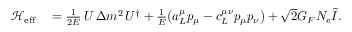
\begin{array} { r l } { \mathcal { H } _ { \mathrm { e f f } } } & { { } = \frac { 1 } { 2 E } \, U \, \Delta m ^ { 2 } \, U ^ { \dagger } + \frac { 1 } { E } \big ( a _ { L } ^ { \mu } p _ { \mu } - c _ { L } ^ { \mu \nu } p _ { \mu } p _ { \nu } \big ) + \sqrt { 2 } G _ { F } N _ { e } \tilde { I } . } \end{array}